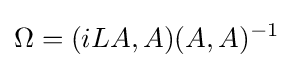
\Omega =(iLA,A)(A,A)^{-1}